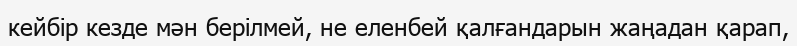
кейбір кезде мән берілмей, не еленбей қалғандарын жаңадан қарап,